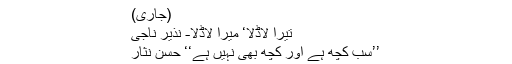
(جاری)
تیرا لاڈلا‘ میرا لاڈلا- نذیر ناجی
’’سب کچھ ہے اور کچھ بھی نہیں ہے‘‘ حسن نثار